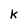
Character: k